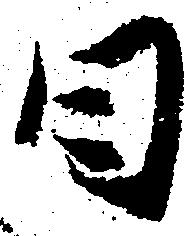
日